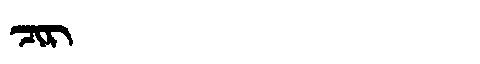
Manchu: ᠴᡳᡵ
Romanization: CIR